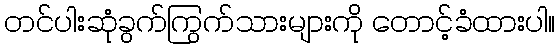
တင်ပါးဆုံခွက်ကြွက်သားများကို တောင့်ခံထားပါ။